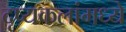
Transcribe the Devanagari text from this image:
दृष्यकलांमध्ये